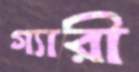
গ্যারী